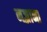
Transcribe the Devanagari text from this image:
नज़्राना